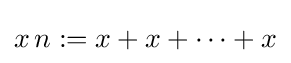
x\,n:=x+x+\cdots +x